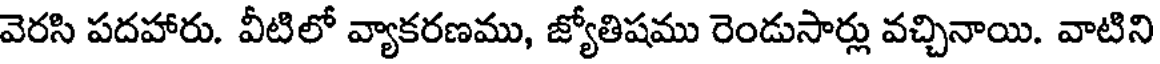
వెరసి పదహారు. వీటిలో వ్యాకరణము, జ్యోతిషము రెండుసార్లు వచ్చినాయి. వాటిని